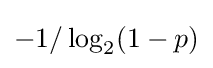
-1/\log _{2}(1-p)